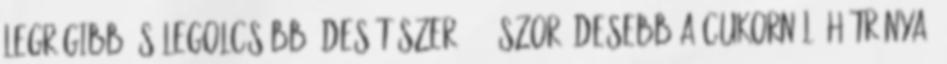
legrégibb és legolcsóbb édesítőszer, 300-szor édesebb a cukornál. Hátránya,